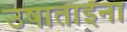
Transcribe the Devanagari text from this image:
उषाताईंना